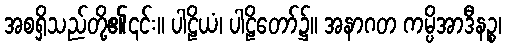
အစရှိသည်တို့၏၎င်း။ ပါဠိယံ၊ ပါဠိတော်၌။ အနာဂတ ကမ္ပိအာဒီနဉ္စ၊